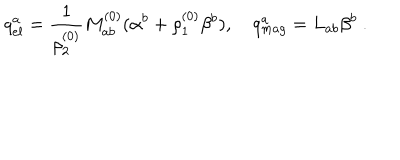
LaTeX: q _ { e l } ^ { a } = { \frac { 1 } { \rho _ { 2 } ^ { ( 0 ) } } } M _ { a b } ^ { ( 0 ) } ( \alpha ^ { b } + \rho _ { 1 } ^ { ( 0 ) } \beta ^ { b } ) , \quad q _ { m a g } ^ { a } = L _ { a b } \beta ^ { b } ~ .